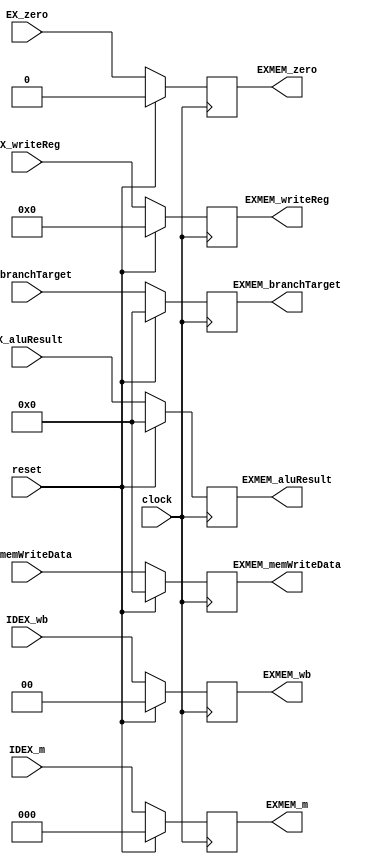
`timescale 1ns / 1ps
//////////////////////////////////////////////////////////////////////////////////
// Company: 
// Engineer: 
// 
// Design Name: 
// Module Name: IDEX
// Project Name: 
// Target Devices: 
// Tool Versions: 
// Description: 
// 
// Dependencies: 
// 
// Revision:
// Revision 0.01 - File Created
// Additional Comments:
// 
//////////////////////////////////////////////////////////////////////////////////

module EXMEM(
    input clock,
    input reset,
    input [1:0] IDEX_wb,
    input [2:0] IDEX_m,
    input [31:0] EX_branchTarget,
    input [31:0] EX_aluResult,
    input EX_zero,
    input [31:0] EX_memWriteData,
    input [4:0] EX_writeReg,
    
    output reg [1:0] EXMEM_wb,//RegWrite
    output reg [2:0] EXMEM_m,
    output reg [31:0] EXMEM_branchTarget,
    output reg EXMEM_zero,
    output reg [31:0] EXMEM_aluResult,
    output reg [31:0] EXMEM_memWriteData,
    output reg [4:0] EXMEM_writeReg
);
    always @ (posedge clock)
    if(!reset)
    begin
        EXMEM_wb=IDEX_wb;
        EXMEM_m=IDEX_m;
        EXMEM_aluResult=EX_aluResult;
        EXMEM_branchTarget=EX_branchTarget;
        EXMEM_zero=EX_zero;
        EXMEM_memWriteData=EX_memWriteData;
        EXMEM_writeReg=EX_writeReg;
    end
    else
    begin
        EXMEM_wb=0;
        EXMEM_m=0;
        EXMEM_aluResult=0;
        EXMEM_branchTarget=0;
        EXMEM_zero=0;
        EXMEM_memWriteData=0;
        EXMEM_writeReg=0;
    end
endmodule